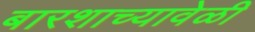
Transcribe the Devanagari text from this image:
बारशाच्यावेळी